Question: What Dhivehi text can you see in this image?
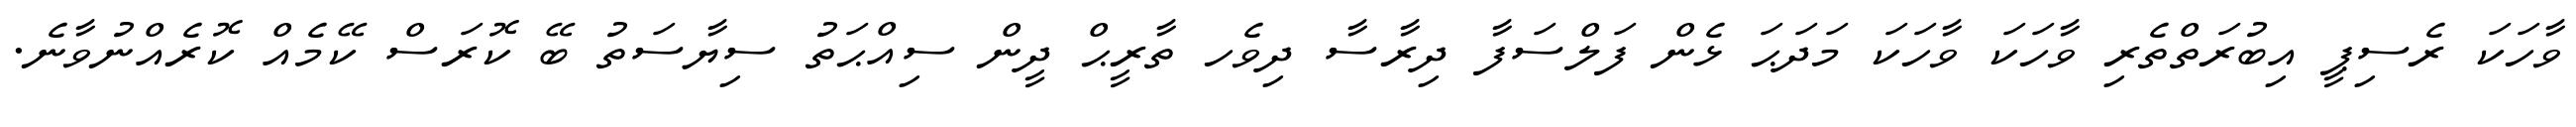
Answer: ވާހަކަ ރެސިޕީ އިބުރަތްތެރި ވާހަކަ ވާހަކަ މަދަޙަ ޅެން ފަލްސަފާ ދިރާސާ ދިވެހ ތާރީޙް ދީން ސިއްޙަތު ސިޔާސަތު ބޭ ކޮރަސް ކޭމެއް ކޮރެއްނުވާނެ.